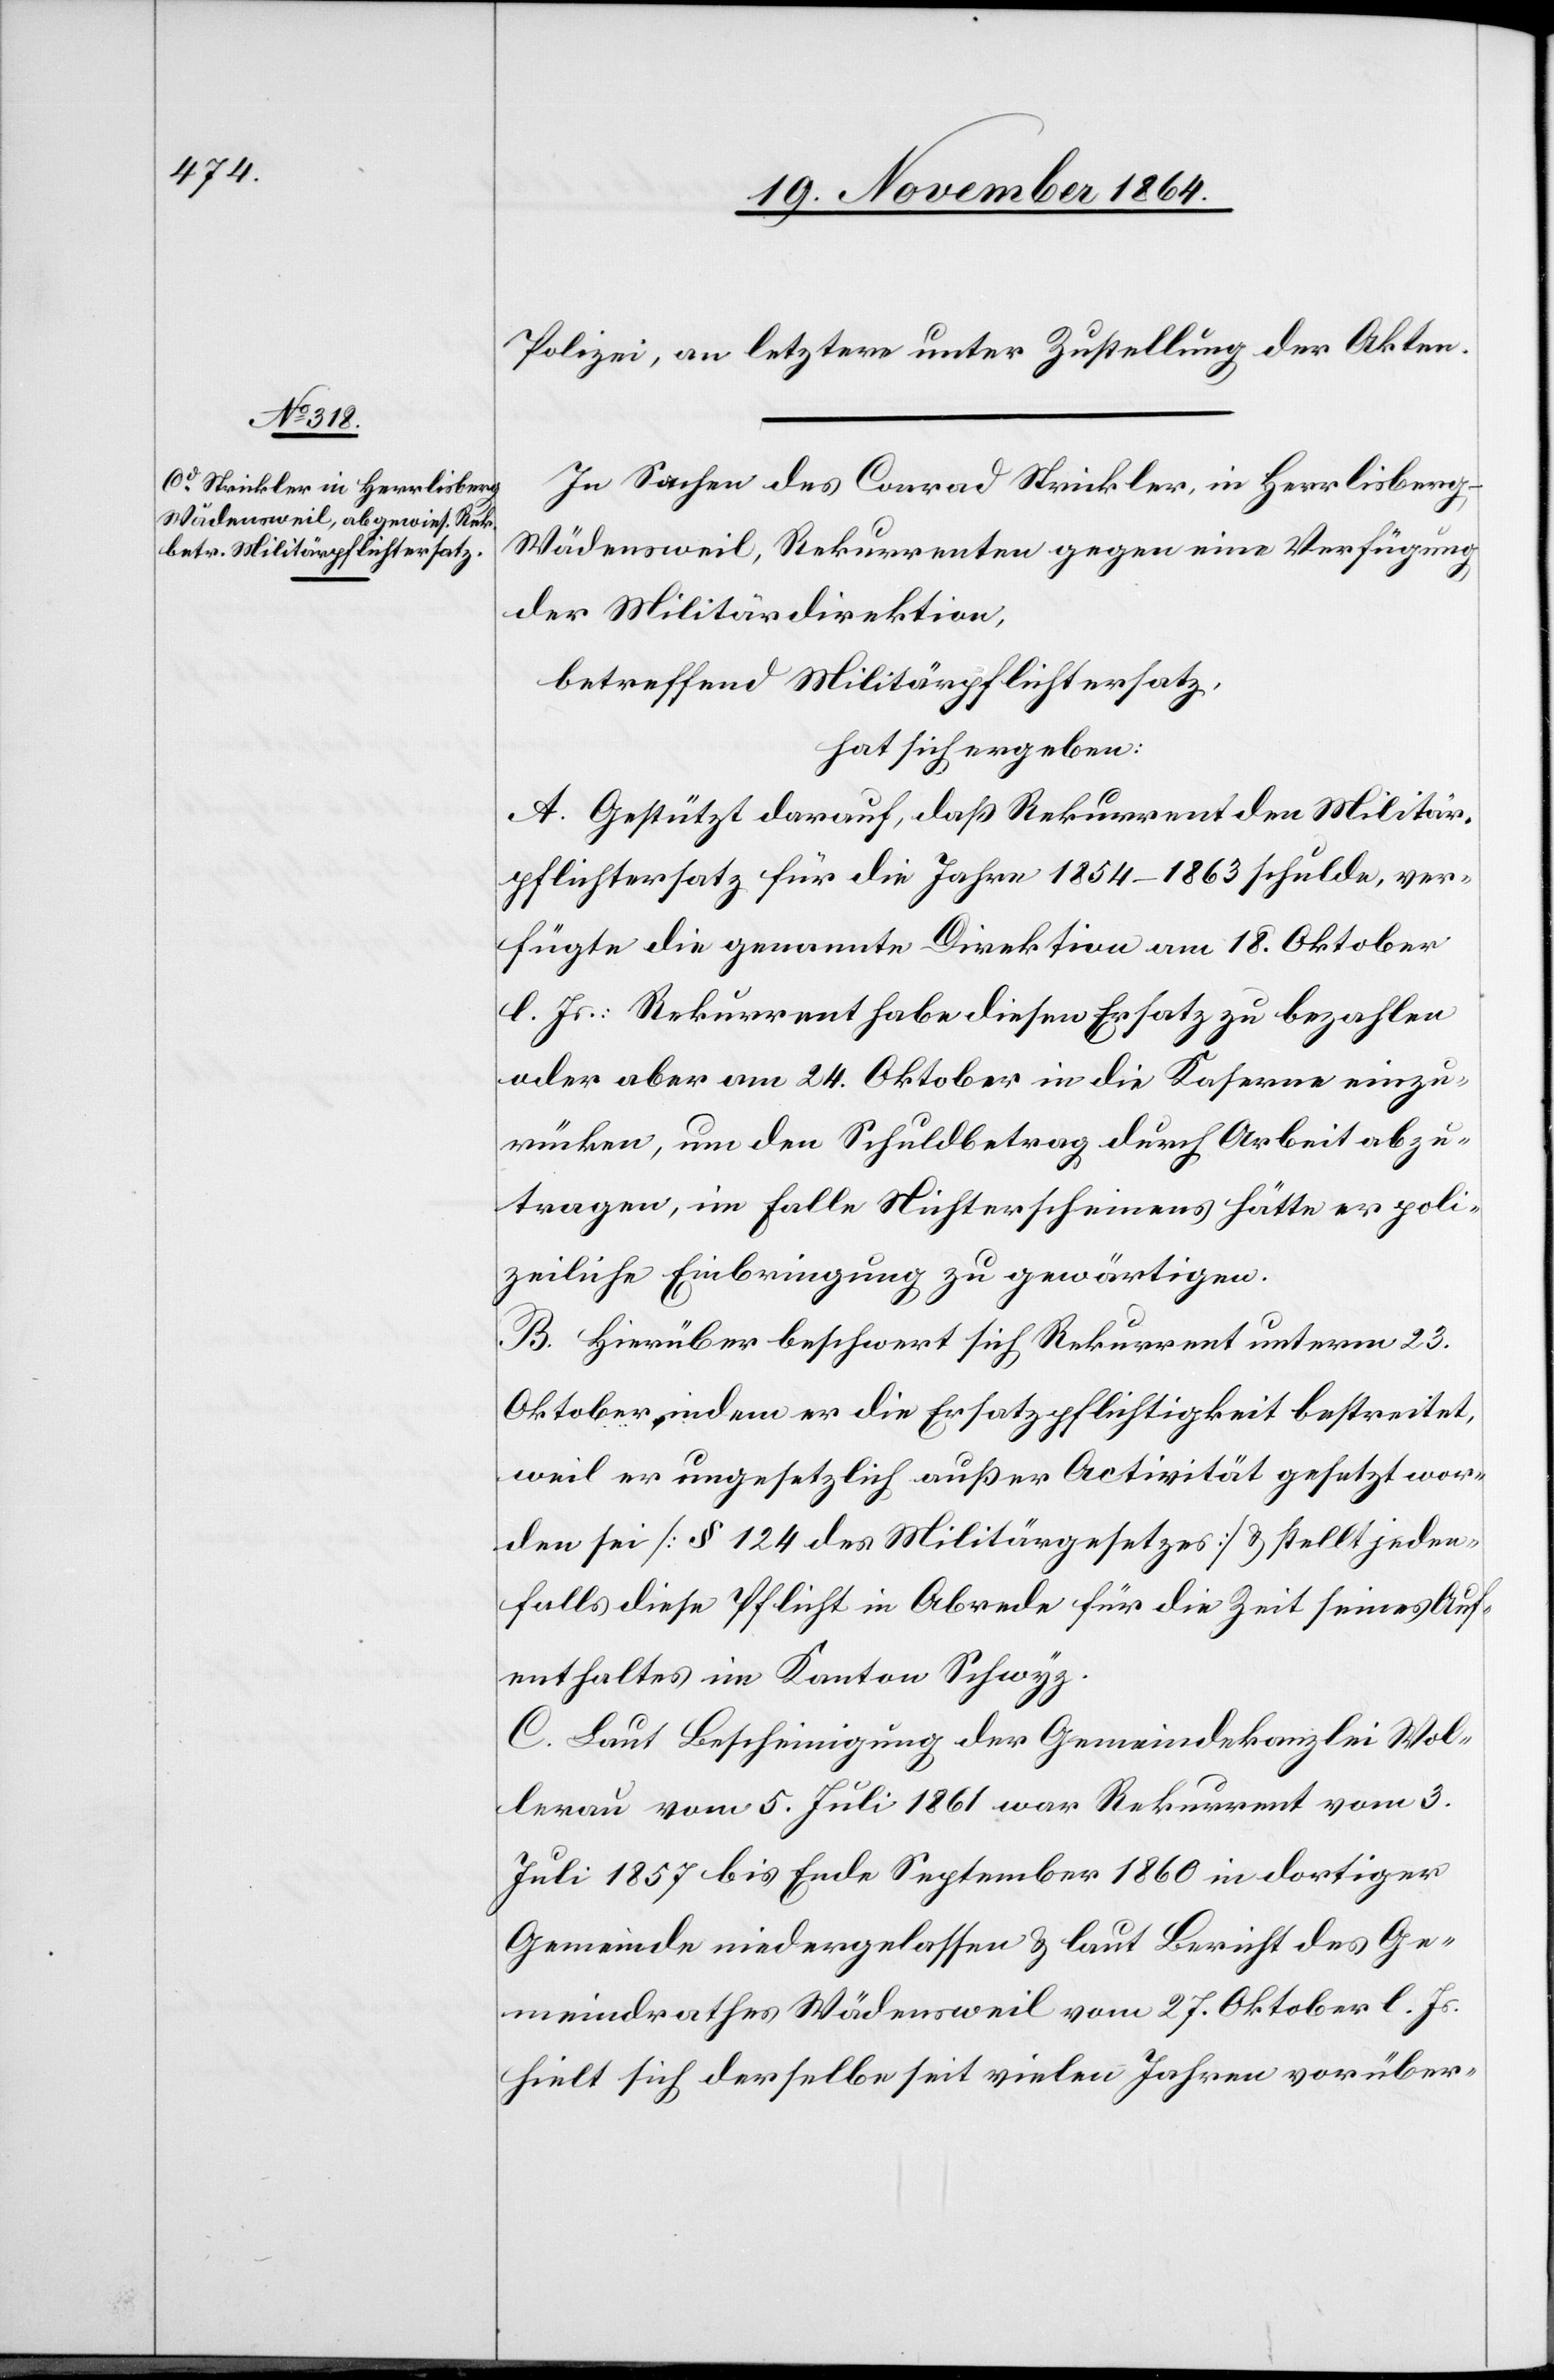
Polizei, an letztere unter Zustellung der Akten.
In Sachen des Conrad Strickler, in Herrlisber¬
g-Wädensweil, Rekurrenten gegen eine Verfügung
der Militärdirektion,
betreffend Militärpflichtersatz,
hat sich ergeben:
A. Gestützt darauf, daß Rekurrent den Militär¬
pflichtersatz für die Jahre 1854–1863 schulde, ver¬
fügte die genannte Direktion am 18. Oktober
l. Js.: Rekurrent habe diesen Ersatz zu bezahlen
oder aber am 24. Oktober in die Kaserne einzu¬
rücken, um den Schuldbetrag durch Arbeit abzu¬
tragen, im Falle Nichterscheinens hätte er poli¬
zeiliche Einbringung zu gewärtigen.
B. Hierüber beschwert sich Rekurrent unterm 23.
Oktober indem er die Ersatzpflichtigkeit bestreitet,
weil er ungesetzlich außer Activität gesetzt wor¬
den sei [§ 24 des Militärgesetzes] & stellt jeden¬
falls diese Pflicht in Abrede für die Zeit seines Auf¬
enthaltes im Kanton Schwyz.
C. Laut Bescheinigung der Gemeindekanzlei Wol¬
lerau vom 5. Juli 1861 war Rekurrent vom 3.
Juli 1857 bis Ende September 1860 in dortiger
Gemeinde niedergelassen & laut Bericht des Ge¬
meindrathes Wädensweil vom 27. Oktober l. Js.
hielt sich derselbe seit vielen Jahren vorüber-